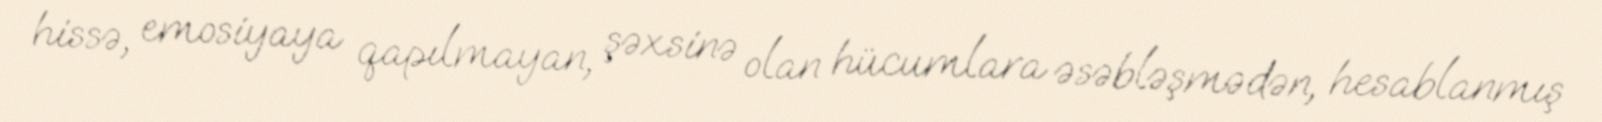
hissə, emosiyaya qapılmayan, şəxsinə olan hücumlara əsəbləşmədən, hesablanmış